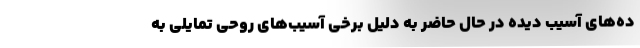
ده‌های آسیب دیده در حال حاضر به دلیل برخی آسیب‌های روحی تمایلی به